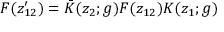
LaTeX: F ( z _ { 1 2 } ^ { \prime } ) = \bar { K } ( z _ { 2 } ; g ) F ( z _ { 1 2 } ) K ( z _ { 1 } ; g )